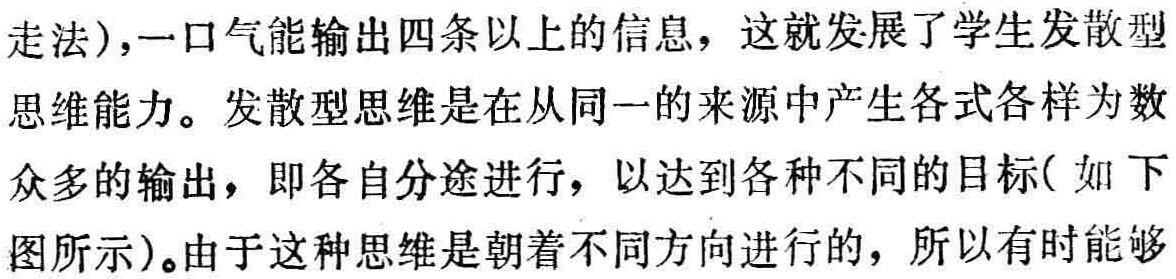
走法),一口气能输出四条以上的信息，这就发展了学生发散型

思维能力。发散型思维是在从同一的来源中产生各式各样为数

众多的输出，即各自分途进行，以达到各种不同的目标(如下

图所示)。由于这种思维是朝着不同方向进行的，所以有时能够